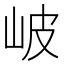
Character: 岥